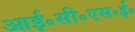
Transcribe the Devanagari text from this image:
आई॰सी॰एस॰ई॰